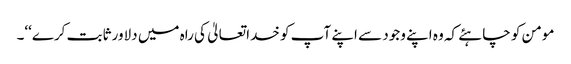
مومن کو چاہئے کہ وہ اپنے وجود سے اپنے آپ کو خدا تعالیٰ کی راہ میں دلاور ثابت کرے‘‘۔